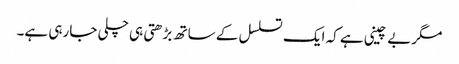
مگربے چینی ہے کہ ایک تسلسل کے ساتھ بڑھتی ہی چلی جارہی ہے۔